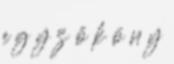
e g y z ő k ö n y